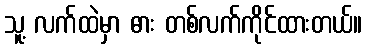
သူ့ လက်ထဲမှာ ဓား တစ်လက်ကိုင်ထားတယ်။